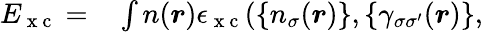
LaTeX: \begin{array}{rl}{E_{\mathrm{~x~c~}}=}&{{}\int n(\boldsymbol{r})\epsilon_{\mathrm{~x~c~}}(\{ n_{\sigma}(\boldsymbol{r})\} ,\{ \gamma_{\sigma\sigma^{\prime}}(\boldsymbol{r})\} ,}\end{array}